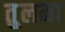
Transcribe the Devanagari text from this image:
तु्लना